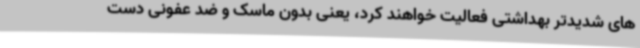
های شدیدتر بهداشتی فعالیت خواهند کرد، یعنی بدون ماسک و ضد عفونی دست